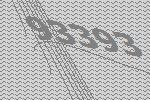
93393